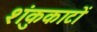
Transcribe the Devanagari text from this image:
शंकुकाटों